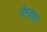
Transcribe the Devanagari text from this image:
नैस्कार